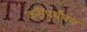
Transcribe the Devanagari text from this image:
करीपर्यंतच